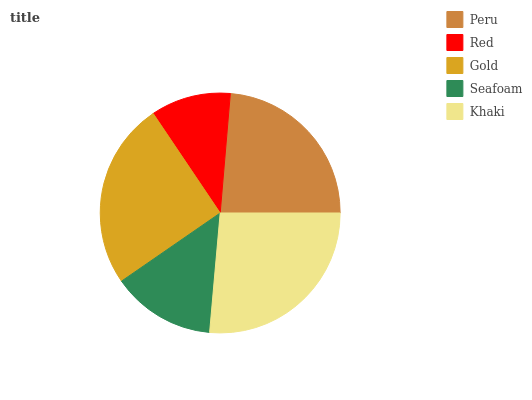
| Peru | Red | Gold | Seafoam | Khaki |
 | --- | --- | --- | --- | --- |
 | 23.7% | 10.8% | 25.1% | 14% | 26.4% |